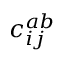
c _ { i j } ^ { a b }